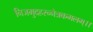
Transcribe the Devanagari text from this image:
निजमुदहरन्नेत्रकमलम्।।